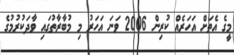
މީގެ އެތަށް އަހަރެއް ކުރިން 2006 ވަނަ އަހަރު މި މުބާރާތުގައި ވާދަކުރުމުގެ